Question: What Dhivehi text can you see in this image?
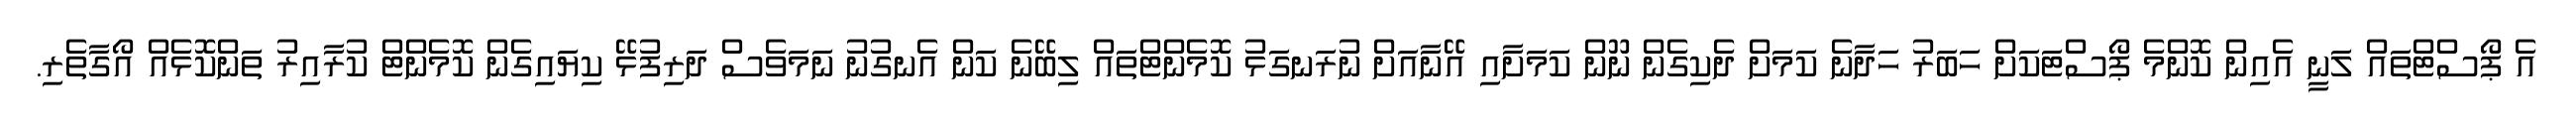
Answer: އެ ޕޯސްޓްތައް ލަނީ އެއިން ކޮންމެ ޕޯސްޓަކަށް ހަބަރު ހަދާނެ ކަމަށް ދެކިގެން ނޫން ކަމަށާއި އޭނާއަށް ނުރަނގަޅު ކޮމެންޓްތައް ލިބޭނެ ކަން އެނގުނު ނަމަވެސް ދަރިފުޅޭ ކިޔައިގެން ކޮމެންޓް ކުރާއިރު ތަންކޮޅެއް އޯގާތެރި.